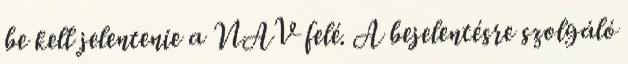
be kell jelentenie a NAV felé. A bejelentésre szolgáló